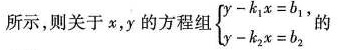
所示，则关于x，y的方程组